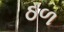
ઠળ